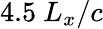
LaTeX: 4.5~L_{x}/c